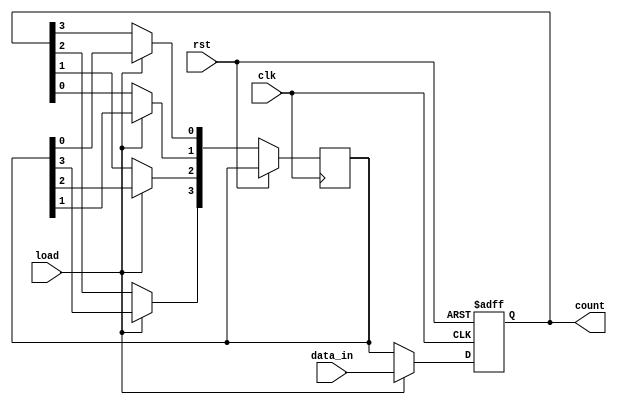
module johnson_counter (
    input wire clk,
    input wire rst,
    input wire load,
    input wire [3:0] data_in,
    output reg [3:0] count
);

reg [3:0] q_next;

always @ (posedge clk or posedge rst) begin
    if (rst) begin
        count <= 4'b0000;
    end else if (load) begin
        count <= data_in;
    end else begin
        q_next[0] <= count[3];
        q_next[1] <= count[0];
        q_next[2] <= count[1];
        q_next[3] <= count[2];
        
        count <= q_next;
    end
end

endmodule